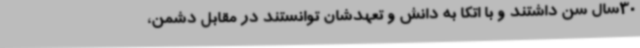
30سال سن داشتند و با اتکا به دانش و تعهدشان توانستند در مقابل دشمن،